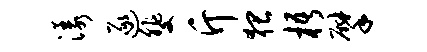
漾逐斐斤猥梧擘